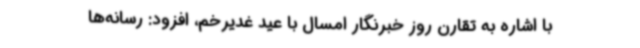
با اشاره به تقارن روز خبرنگار امسال با عید غدیرخم، افزود: رسانه‌ها